Rangoon Lunatic Asylum 1878-1892 - 1878-1892
Year: 1878
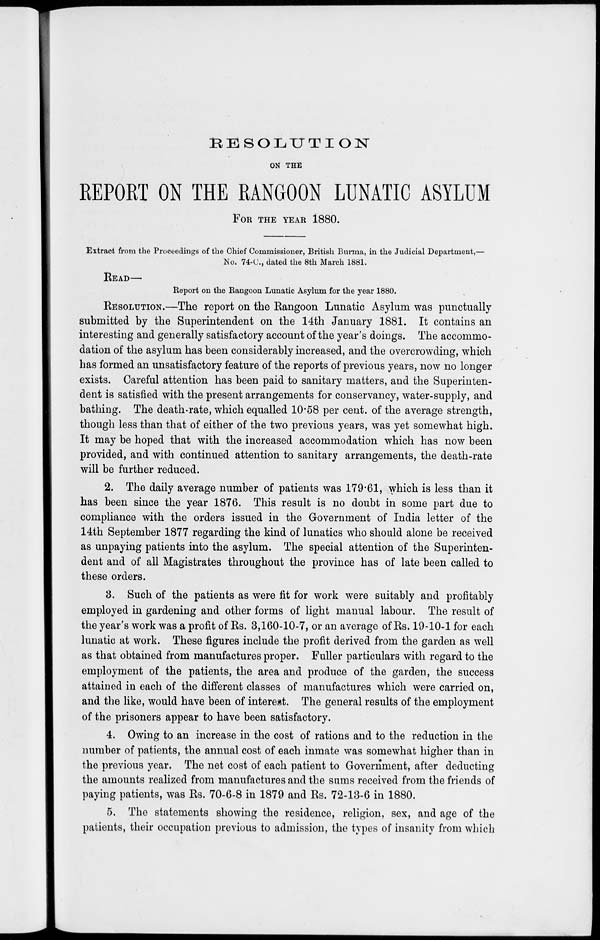
RESOLUTION
ON THE
REPORT ON THE RANGOON LUNATIC ASYLUM
FOR THE YEAR 1880.
Extract from the Proceedings of the Chief Commissioner, British Burma, in the Judicial Department,—
No. 74-C., dated the 8th March 1881.
READ—
Report on the Rangoon Lunatic Asylum for the year 1880.
RESOLUTION.—The report on the Rangoon Lunatic Asylum was punctually
submitted by the Superintendent on the 14th January 1881. It contains an
interesting and generally satisfactory account of the year's doings. The accommo-
dation of the asylum has been considerably increased, and the overcrowding, which
has formed an unsatisfactory feature of the reports of previous years, now no longer
exists. Careful attention has been paid to sanitary matters, and the Superinten-
dent is satisfied with the present arrangements for conservancy, water-supply, and
bathing. The death-rate, which equalled 10.58 per cent. of the average strength,
though less than that of either of the two previous years, was yet somewhat high.
It may be hoped that with the increased accommodation which has now been
provided, and with continued attention to sanitary arrangements, the death-rate
will be further reduced.
2. The daily average number of patients was 179.61, which is less than it
has been since the year 1876. This result is no doubt in some part due to
compliance with the orders issued in the Government of India letter of the
14th September 1877 regarding the kind of lunatics who should alone be received
as unpaying patients into the asylum. The special attention of the Superinten-
dent and of all Magistrates throughout the province has of late been called to
these orders.
3. Such of the patients as were fit for work were suitably and profitably
employed in gardening and other forms of light manual labour. The result of
the year's work was a profit of Rs. 3,160-10-7, or an average of Rs. 19-10-1 for each
lunatic at work. These figures include the profit derived from the garden as well
as that obtained from manufactures proper. Fuller particulars with regard to the
employment of the patients, the area and produce of the garden, the success
attained in each of the different classes of manufactures which were carried on,
and the like, would have been of interest. The general results of the employment
of the prisoners appear to have been satisfactory.
4. Owing to an increase in the cost of rations and to the reduction in the
number of patients, the annual cost of each inmate was somewhat higher than in
the previous year. The net cost of each patient to Government, after deducting
the amounts realized from manufactures and the sums received from the friends of
paying patients, was Rs. 70-6-8 in 1879 and Rs. 72-13-6 in 1880.
5. The statements showing the residence, religion, sex, and age of the
patients, their occupation previous to admission, the types of insanity from which